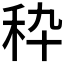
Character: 𰨞